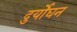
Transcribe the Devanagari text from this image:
दुर्योघन